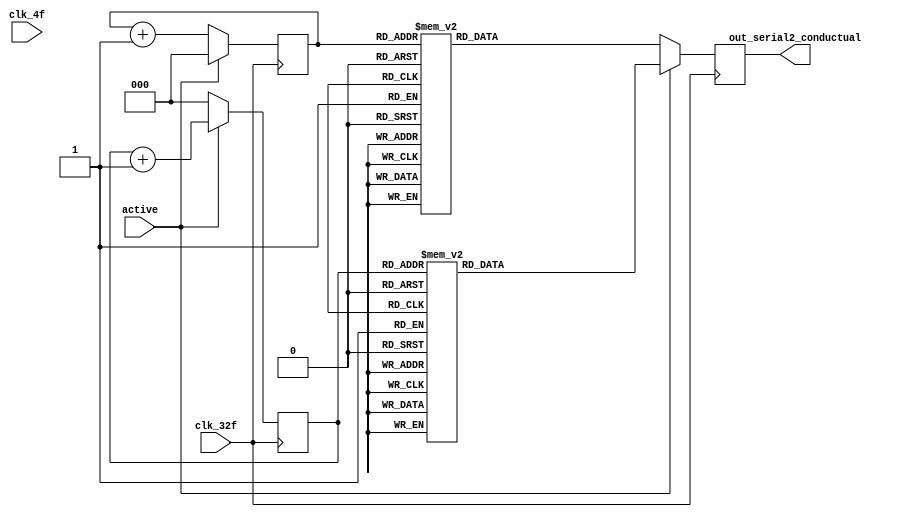
module PSRX(input clk_4f,
                        input clk_32f,
                        input active,
                        output reg out_serial2_conductual );

    reg [2:0] selector;
    reg [2:0] selector_2;

    always @(posedge clk_32f) begin

      
            if(active == 1) begin
                selector <= 0;
                case (selector_2)
                    0: out_serial2_conductual <= 0;
                    1: out_serial2_conductual <= 1;
                    2: out_serial2_conductual <= 1;
                    3: out_serial2_conductual <= 1;
                    4: out_serial2_conductual <= 1;
                    5: out_serial2_conductual <= 1;
                    6: out_serial2_conductual <= 0;
                    7: begin
                       out_serial2_conductual <= 0;
                        selector_2 <= 0;
                    end
                endcase
                selector_2 <= selector_2 + 1;
            end
            else begin
                selector_2 <= 0;
                case (selector)
                    0: out_serial2_conductual <= 1;
                    1:out_serial2_conductual<= 0;
                    2:out_serial2_conductual <= 1;
                    3:out_serial2_conductual <= 1;
                    4:out_serial2_conductual <= 1;
                    5:out_serial2_conductual <= 1;
                    6:out_serial2_conductual<= 0;
                    7: begin
                       out_serial2_conductual <= 0;
                        selector <= 0;
                    end
                endcase
                selector <= selector + 1;
            end        
        
        
    end
    
endmodule